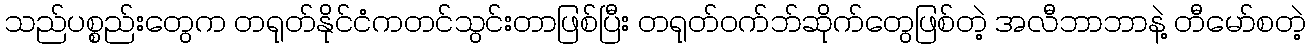
သည်ပစ္စည်းတွေက တရုတ်နိုင်ငံကတင်သွင်းတာဖြစ်ပြီး တရုတ်ဝက်ဘ်ဆိုက်တွေဖြစ်တဲ့ အလီဘာဘာနဲ့ တီမော်စတဲ့